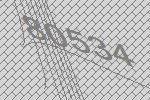
80534